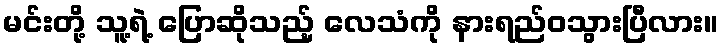
မင်းတို့ သူ့ရဲ့ ပြောဆိုသည့် လေသံကို နားရည်ဝသွားပြီလား။